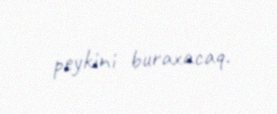
peykini buraxacaq.